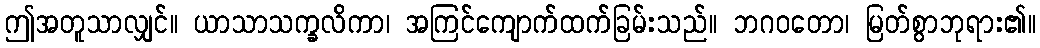
ဤအတူသာလျှင်။ ယာသာသက္ခလိကာ၊ အကြင်ကျောက်ထက်ခြမ်းသည်။ ဘဂဝတော၊ မြတ်စွာဘုရား၏။